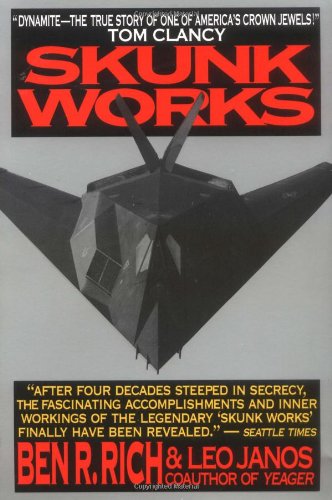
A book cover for Skunk Works: A Personal Memoir of My Years at Lockheed; Ben R. Rich; Engineering & Transportation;